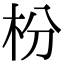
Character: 枌